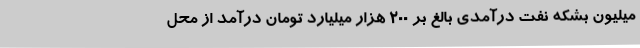
میلیون بشکه نفت درآمدی بالغ بر 200 هزار میلیارد تومان درآمد از محل